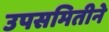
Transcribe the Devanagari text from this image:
उपसमितीने